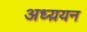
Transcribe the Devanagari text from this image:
अध्य़यन